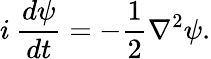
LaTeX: i\: \frac{d\psi}{dt}=-\frac{1}{2}\nabla^{2}\psi.